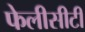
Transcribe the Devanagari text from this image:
फेलीसीटी